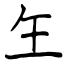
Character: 玍